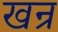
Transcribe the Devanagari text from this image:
खन्र